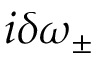
i \delta \omega _ { \pm }